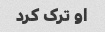
او ترک کرد